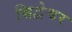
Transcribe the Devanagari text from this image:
सिद्वेश्वर